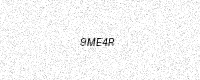
Text: 9ME4R